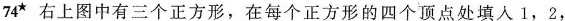
74^{★}右上图中有三个正方形，在每个正方形的四个顶点处填入1，2，